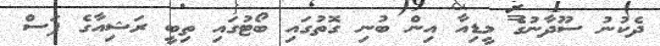
ދެކުނު ސޫދާނުގެ މީޑިއާ އިން ބުނި ގޮތުގައި ބޯޓުގައި ތިބީ ރަޝިއާގެ ފަސް